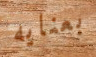
بعنايه